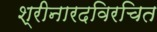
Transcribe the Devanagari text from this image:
श्रीनारदविरचित